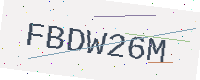
Text: FBDW26M